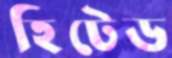
হিটেড